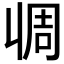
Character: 𰀧